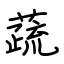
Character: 蔬